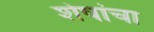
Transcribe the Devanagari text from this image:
शेषांचा